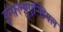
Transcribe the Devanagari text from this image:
इन्फ़्ल्युएन्शियल